Annual report of the Punjab Veterinary College and of the Civil Veterinary Department, Punjab - 1909-1919
Year: 1909
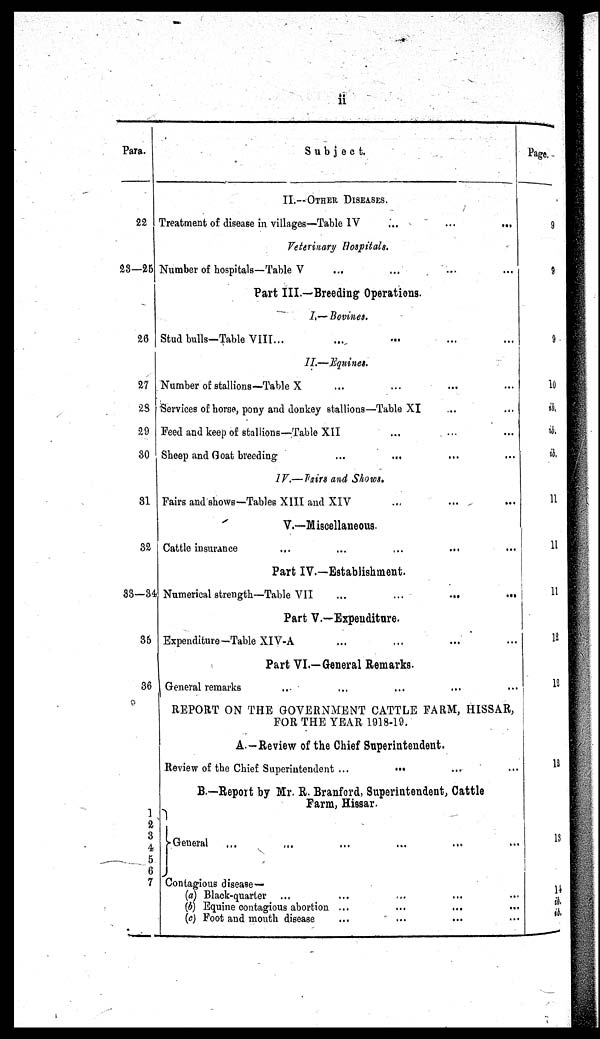
Para.
22
23—25
26
27
28
29
30
31
32
33—34
35
36
1
2
3
4
5
6
7
Subject.
II.—OTHER DISEASES.
Treatment of disease in villages—Table IV
...
...
...
Veterinary Hospitals.
Number of hospitals—Table V ... ... ... ...
Part III.—Breeding Operations.
I.—Bovines.
Stud bulls—Table VIII... ... ... ... ...
II.—Equines.
Number of stallions—Table X ... ... ... ...
Services of horse, pony and donkey stallions—Table XI ... ...
Feed and keep of stallions—Table XII ... ... ...
Sheep and Goat breeding ... ... ... ...
IV.—Fairs and Shows.
Fairs and shows—Tables XIII and XIV ... ... ...
V.—Miscellaneous.
Cattle insurance
...
...
...
...
...
Part IV.—Establishment.
Numerical strength—Table VII
...
...
...
...
Part V.—Expenditure.
Expenditure-Table XIV-A ... ... ... ...
Part VI.—General Remarks.
General remarks .. ... ... ... ...
REPORT ON THE GOVERNMENT CATTLE FARM, HISSAR,
FOR THE YEAR 1918-19.
A.-Review of the Chief Superintendent.
Review of the Chief Superintendent ... ... ... ...
B.—Report by Mr. R. Branford, Superintendent, Cattle
Farm, Hissar.
General ... ... ... ... ... ...
Contagious disease—
(a) Black-quarter ... ... ... ...
(b) Equine contagious abortion ... ... ... ...
(c) Foot and mouth disease ... ... ... ...
Page
9
9
9
10
ib.
ib.
ib.
11
11
11
12
12
12
13
14
ib.
ib.
ib.